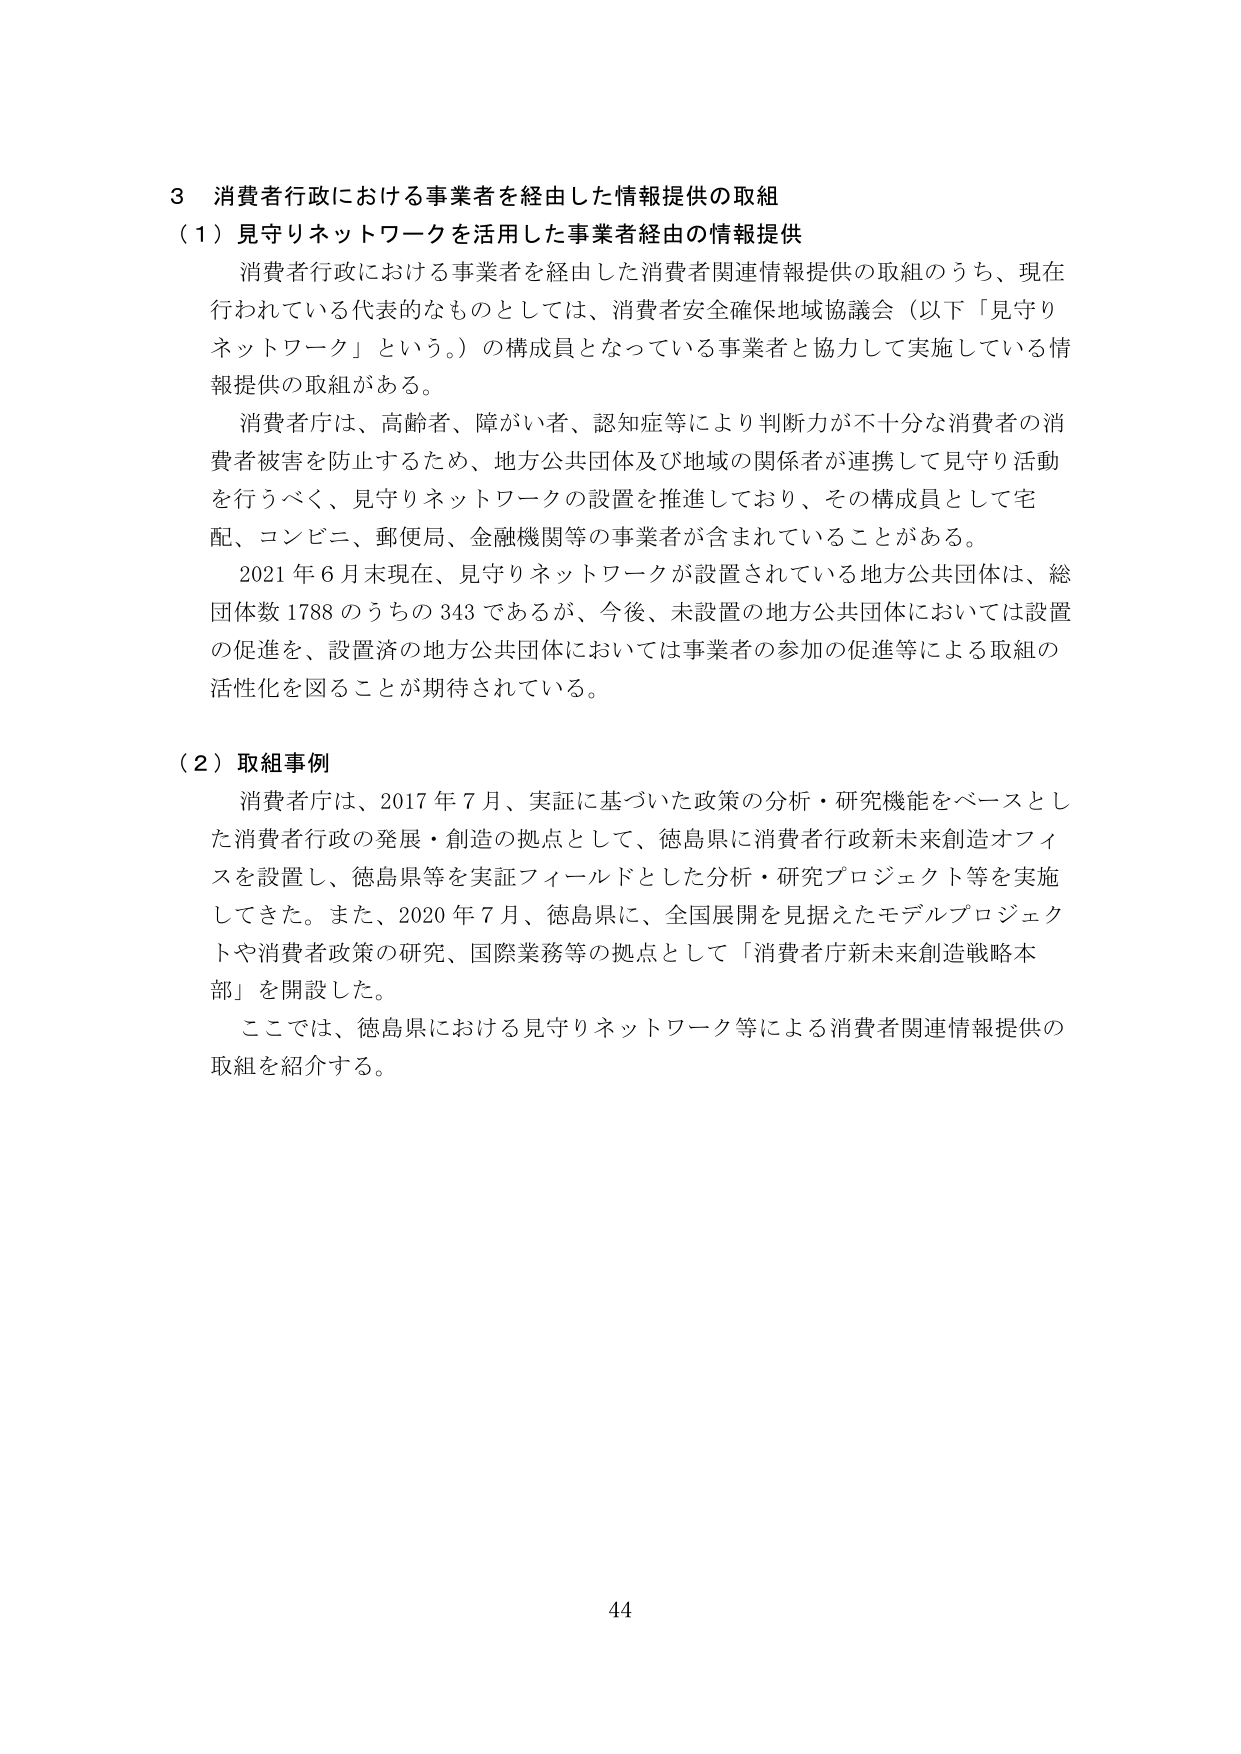
3 消費者行政における事業者を経由した情報提供の取組
（1）見守りネットワークを活用した事業者経由の情報提供
消費者行政における事業者を経由した消費者関連情報提供の取組のうち、現在行われている代表的なものとしては、消費者安全確保地域協議会（以下「見守りネットワーク」という。）の構成員となっている事業者と協力して実施している情報提供の取組がある。
消費者庁は、高齢者、障がい者、認知症等により判断力が不十分な消費者の消費者被害を防止するため、地方公共団体及び地域の関係者が連携して見守り活動を行うべく、見守りネットワークの設置を推進しており、その構成員として宅配、コンビニ、郵便局、金融機関等の事業者が含まれていることがある。
2021年6月末現在、見守りネットワークが設置されている地方公共団体は、総団体数1788のうちの343であるが、今後、未設置の地方公共団体においては設置の促進を、設置済の地方公共団体においては事業者の参加の促進等による取組の活性化を図ることが期待されている。

（2）取組事例
消費者庁は、2017年7月、実証に基づいた政策の分析・研究機能をベースとした消費者行政の発展・創造の拠点として、徳島県に消費者行政新未来創造オフィスを設置し、徳島県等を実証フィールドとした分析・研究プロジェクト等を実施してきた。また、2020年7月、徳島県に、全国展開を見据えたモデルプロジェクトや消費者政策の研究、国際業務等の拠点として「消費者庁新未来創造戦略本部」を開設した。
ここでは、徳島県における見守りネットワーク等による消費者関連情報提供の取組を紹介する。

44